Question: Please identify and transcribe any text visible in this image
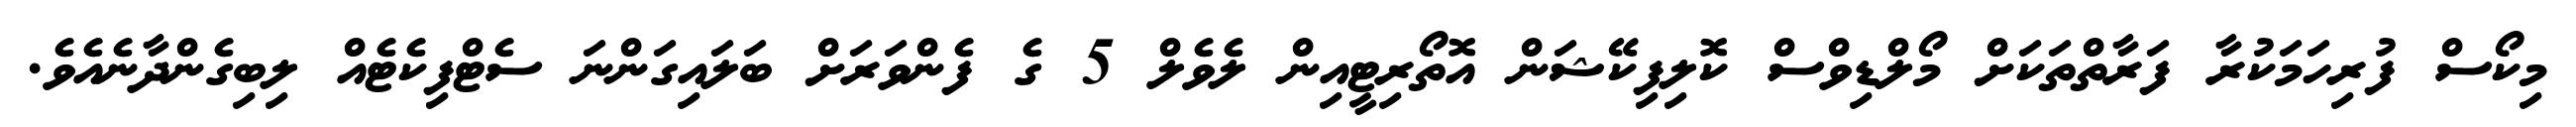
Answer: މިކޯސް ފުރިހަމަކުރާ ފަރާތްތަކަށް މޯލްޑިވްސް ކޮލިފިކޭޝަން އޮތޯރިޓީއިން ލެވެލް 5 ގެ ފެންވަރަށް ބަލައިގަންނަ ސެޓްފިކެޓެއް ލިބިގެންދާނެއެވެ.